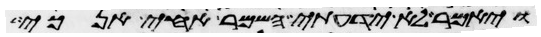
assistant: ויאמר לא ידעתי השמר אחי אנכי